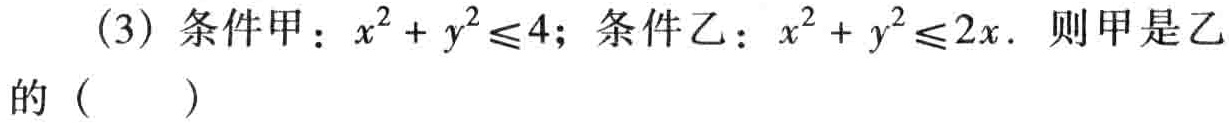
(3) 条件甲：\(x^{2}+y^{2}\leq4\)；条件乙：\(x^{2}+y^{2}\leq2x\). 则甲是乙的（  ）